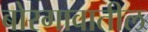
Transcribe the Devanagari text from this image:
बोरगावातील